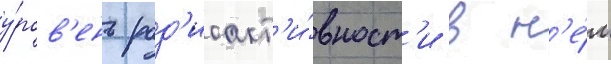
у́ров'ень рад'иоакт'и́вност'и в н'е́м